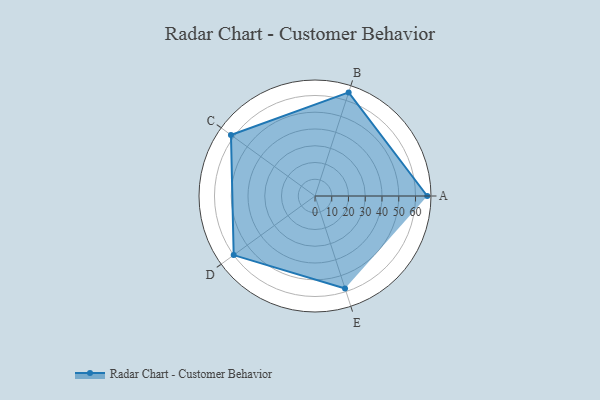
{"axis": {"x": "Skill", "y": "Score"}, "legend": ["Profile"], "data": [{"x": "A", "y": 67.0, "type": "Profile"}, {"x": "B", "y": 65.0, "type": "Profile"}, {"x": "C", "y": 62.0, "type": "Profile"}, {"x": "D", "y": 60.0, "type": "Profile"}, {"x": "E", "y": 58.0, "type": "Profile"}]}